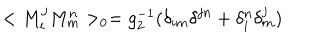
LaTeX: < M _ { i } ^ { j } M _ { m } ^ { n } > _ { 0 } = g _ { 2 } ^ { - 1 } ( \delta _ { i m } \delta ^ { j n } + \delta _ { i } ^ { n } \delta _ { m } ^ { j } )